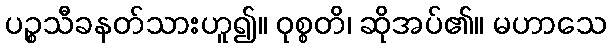
ပဉ္စသီခနတ်သားဟူ၍။ ဝုစ္စတိ၊ ဆိုအပ်၏။ မဟာသေ